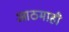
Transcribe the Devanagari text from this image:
आठमाही